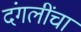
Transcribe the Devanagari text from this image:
दंगलींचा